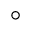
^ { \circ }